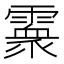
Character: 𩅧